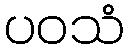
ပဝသံ